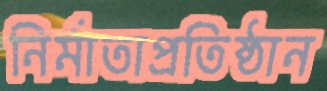
নির্মাতাপ্রতিষ্ঠান